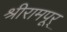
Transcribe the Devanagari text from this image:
श्रीरामपूर्